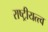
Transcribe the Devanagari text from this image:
राष्ट्रीयत्त्व